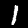
Label: 1